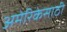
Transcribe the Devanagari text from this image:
अमेरिकेसाठी